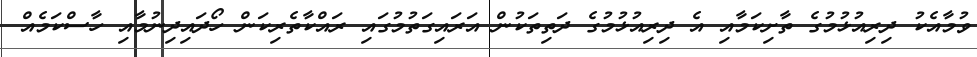
ވުމާއެކު ދިރިއުޅުމުގެ ތާށިކަމާއި އެ ދިރިއުޅުމުގެ ދަތިތަކުން އަރައިގަތުމުގައި ރައްކާތެރިކަން ހޯދައިދިނުމާއި ހާސްކަމެއް